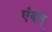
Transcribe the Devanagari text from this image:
एंवम्